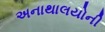
અનાથાલયોની